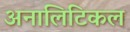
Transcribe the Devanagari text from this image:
अनालिटिकल